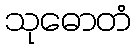
သုဓောတံ